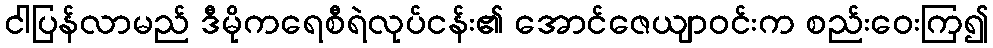
ငါပြန်လာမည် ဒီမိုကရေစီရဲလုပ်ငန်း၏ အောင်ဇေယျာဝင်းက စည်းဝေးကြ၍